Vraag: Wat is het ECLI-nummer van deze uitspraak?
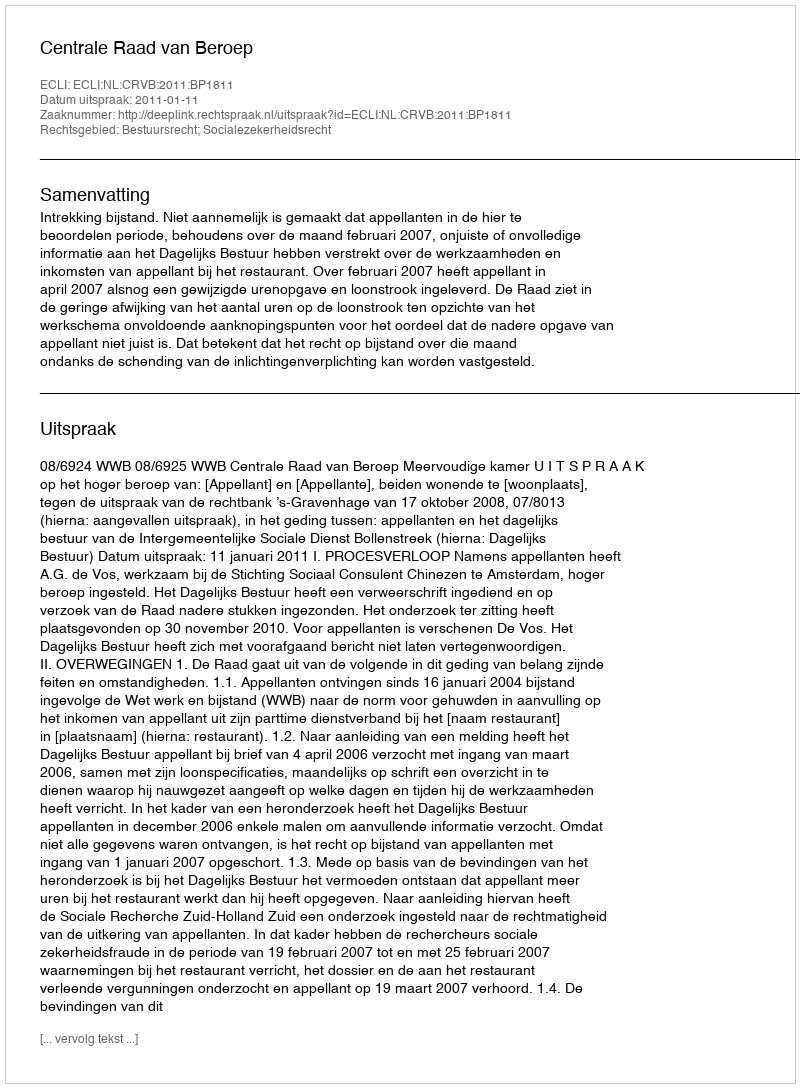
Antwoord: ECLI:NL:CRVB:2011:BP1811